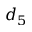
d _ { 5 }